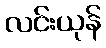
လင်းယုန်